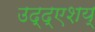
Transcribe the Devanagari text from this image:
उद्द्एशय्